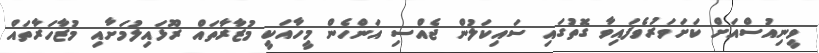
ވީނިއުސްއަށް ކަށަވަރުވެފައިވާ ގޮތުގައި ސައިކަލުން ޖެއްސި އަންހެން މީހާއަކީ މުޒާރާތައް ރޫޅައިލުމަށާއި މުޒާހަރާތައް